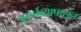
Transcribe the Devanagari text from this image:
पुनर्नव्यापासून